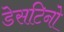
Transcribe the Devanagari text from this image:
डेसटिनो